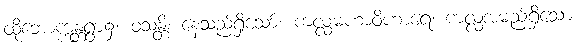
ထိုဘောက္ကန္တရွာ၌။ ဝသန္တိ၊ နေသည်ရှိသော်။ ကလ္လမဟာဝိဟာရေ၊ ကလ္လအမည်ရှိသော